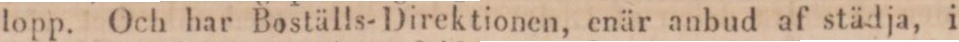
lopp. Och har Boställs-Direktionen, enär anbud af städja, i